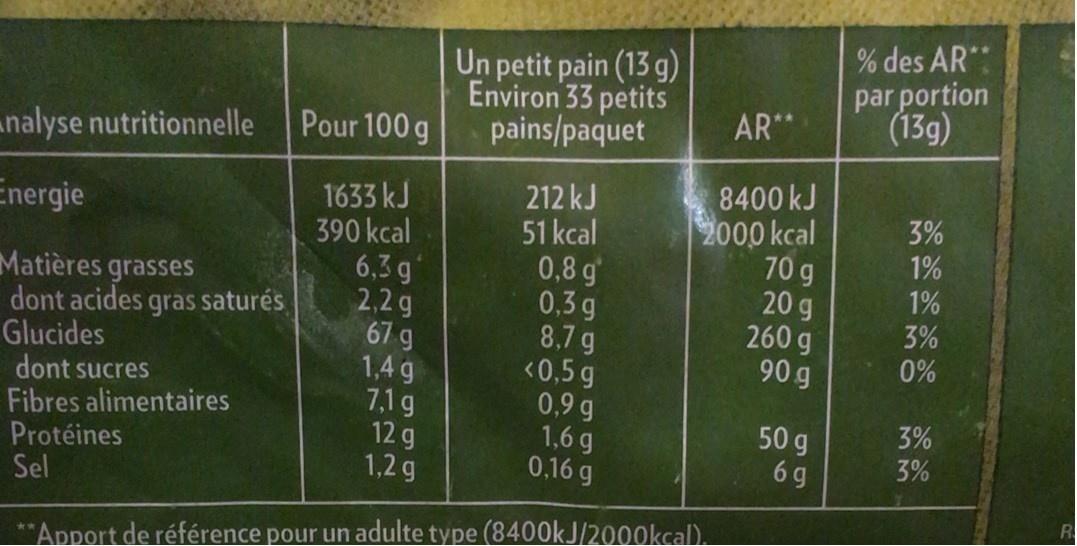
% des AR":
Un petit pain (13 g) Environ 33 petits pains/paquet
par portion (13g)
AR**
Pour 100 g
nalyse nutritionnelle
1633 kJ 390 kcal 6,3 g 2,2 g 67 g 1,4 g 7,1 g 12 g 1,2 g
212 kJ 51 kcal 0,8 g 0,3 g 8,7 g <0,5 g 0,9 g 1,6 g 0,16 g
8400 kJ 2000 kcal 70 g 20 g 260 g 90 g
Energie
3%
1%
Matières grasses dont acides gras saturés Glucides dont sucres Fibres alimentaires Protéines Sel
1%
3% 0%
50 g 6 g
3% 3%
**Apport de référence pour un adulte type (8400kJ/2000kcal).